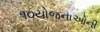
૧૦યોજનાઓની